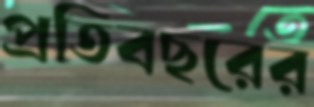
প্রতিবছরের